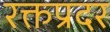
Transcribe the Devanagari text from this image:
रक्तप्रदर